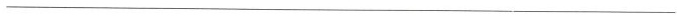
___